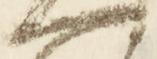
へ